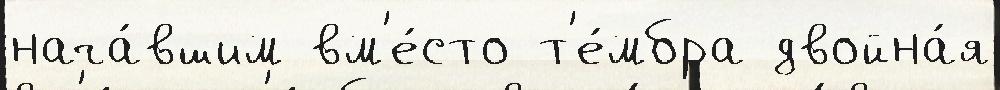
нача́вшим вм'е́сто т'е́мбра двойна́я